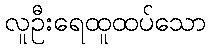
လူဦးရေထူထပ်သော